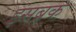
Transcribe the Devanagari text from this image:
इंसब्रक